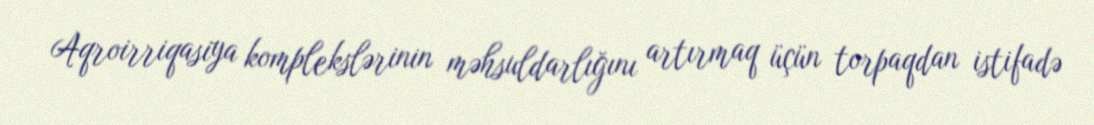
Aqroirriqasiya komplekslərinin məhsuldarlığını artırmaq üçün torpaqdan istifadə